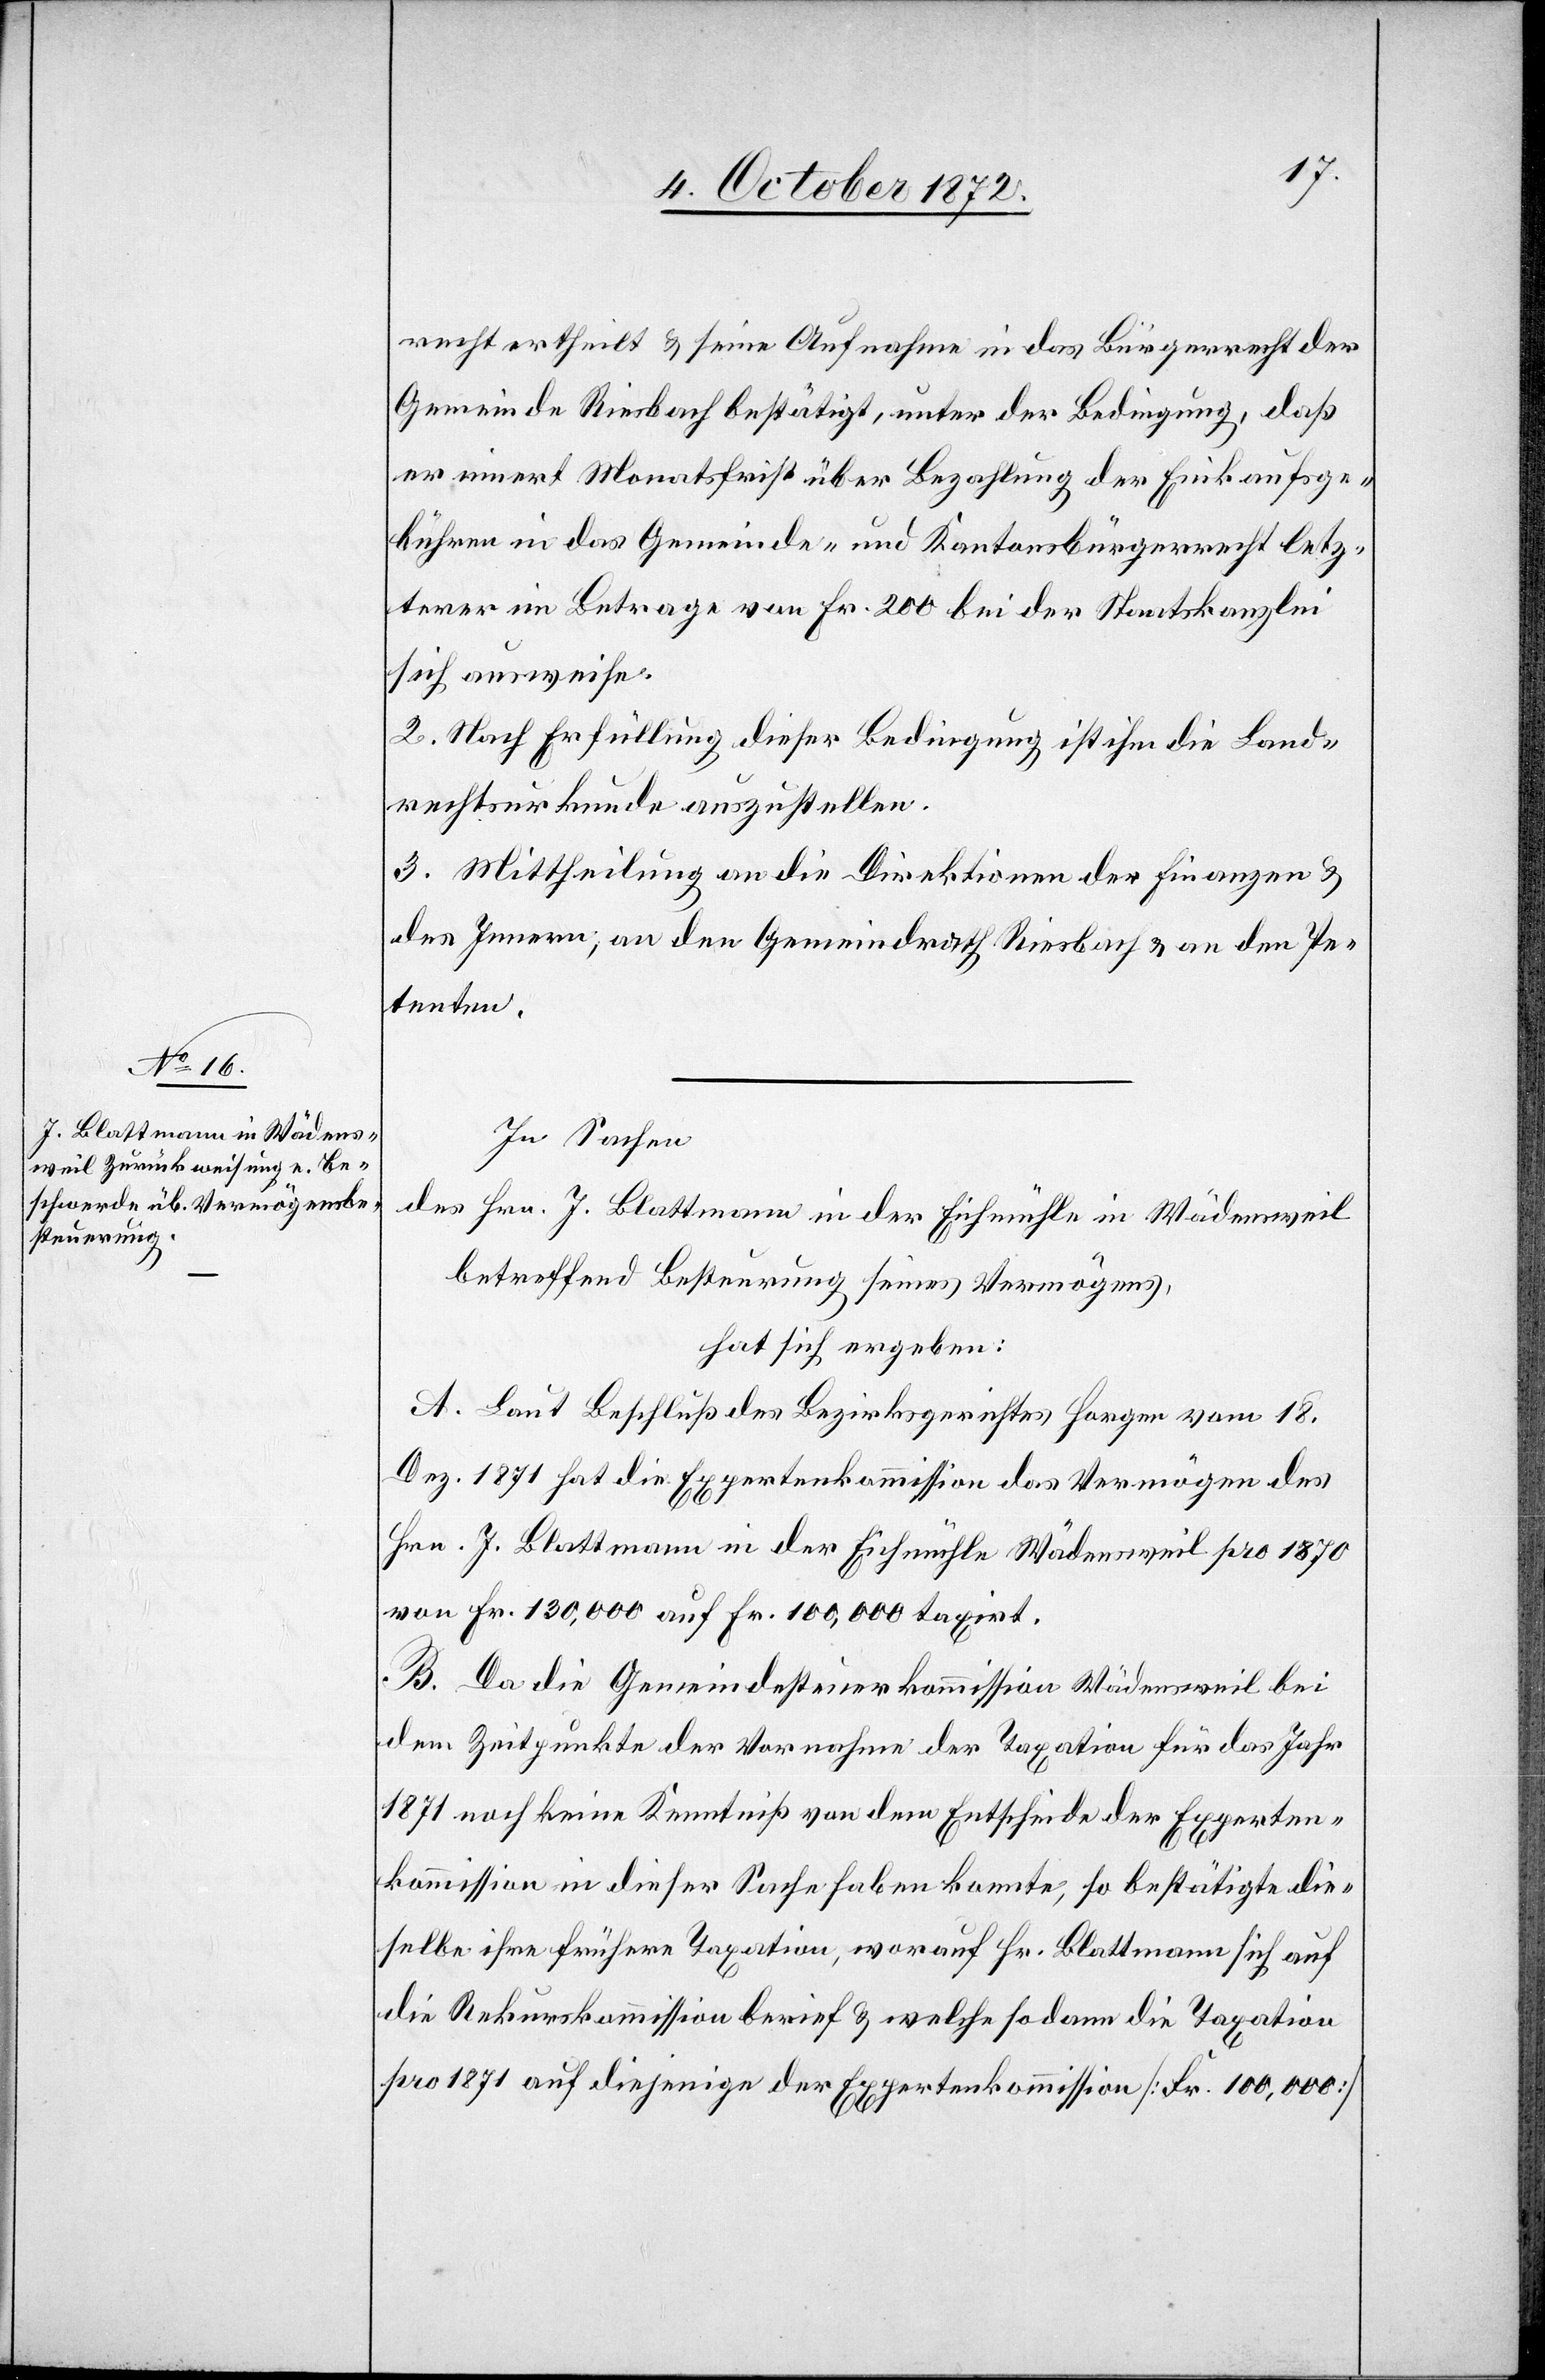
recht ertheilt u. seine Aufnahme in das Bürgerrecht der
Gemeinde Riesbach bestätigt, unter der Bedingung, daß
er innert Monatsfrist über Bezahlung der Einkaufsge¬
bühren in das Gemeinde- und Kantonsbürgerrecht letz¬
terer im Betrage von Fr. 200 bei der Staatskanzlei
sich ausweise.
2. Nach Erfüllung dieser Bedingung ist ihm die Land¬
rechtsurkunde auszustellen.
3. Mittheilung an die Direktionen der Finanzen u.
des Innern, an den Gemeindrath Riesbach u. an den Pe¬
tenten.